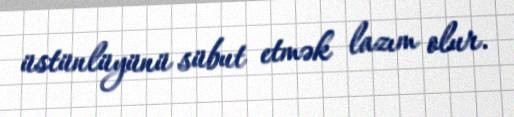
üstünlüyünü sübut etmək lazım olur.